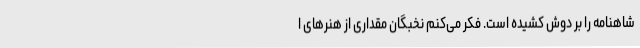
شاهنامه را بر دوش کشیده است. فکر می‌کنم نخبگان مقداری از هنرهای ا